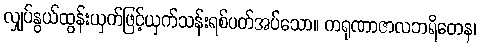
လျှပ်နွယ်ထွန်းယှက်ဖြင့်ယှက်သန်းရစ်ပတ်အပ်သော။ ကရုဏာဇာလဘရိတေန၊